Annual report of the Imperial Bacteriologist
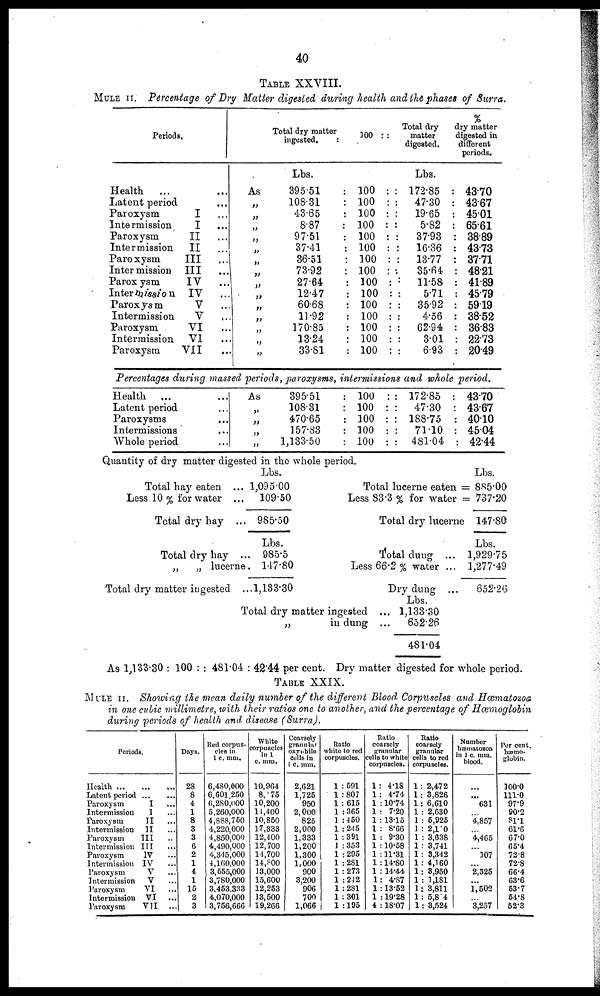
40
TABLE XXVIII.
MULE II. Percentage of Dry Matter digested during health and the phases of Surra.
Periods
Health
...
Latent period
Paroxysm
Intermission
Paroxysm
Intermission
Paroxysm
Inter mission
Paroxysm
Intermission
Paroxysm
Intermission
Paroxysm
Intermission
Paroxysm
...
..,
I
...
I
...
II
...
II
...
III
...
III
...
IV
...
IV
....
V
..
V
..
VI
..
VI
..
VII
..
As
„
„
„
„
„
„
„
„
„
„
„
„
„
„
Total dry matter
ingested.
:
Lbs.
395.51
:
108.31
:
43.65
:
8.87
97.51
:
37.41
36.51
73.92
27.64
12.47
60.68
11.92
170.85
13.24
33.81
100 : :
100 :
100 :
100 :
100 :
100 :
100 :
100 :
100 :
: 100 :
: 100 :
: 100 :
: 100 :
: 100 :
: 100 :
: 100 :
Total dry
matter
digested.
Lbs.
: 172.85
:
47.30
: 19.65
:
5.82
:
37.93
: 16.36
: 13.77
..
35.64
:
11.58
:
5.71
:
35.92
: 4.56
:
62.94
:
3.01
:
6.93
%
dry matter
digested in
different
periods.
: 43.70
: 43.67
: 45.01
: 65.61
: 38.89
: 43.73
: 37.71
: 48.21
: 41.89
: 45.79
: 59.19
: 38.52
: 36.83
: 22.73
: 20.49
Percentages during massed periods, paroxysms, intermissions and whole period.
Health
Latent period
Paroxysms
Intermissions
Whole period
...
....
...
,„
...
As
„
„
395.51
108.31
470.65
157.83
1,133.50
100 :
100 :
100 :
100 :
100 :
: 172.85 : 43.70
:
47.30 : 43.67
: 188.75 : 40.10
:
71.10 : 45.04
: 481.04 : 42.44
Quantity of dry matter digested in the whole period.
Lbs.
Total hay eaten ... 1,095.00
Less 10 % for water ... 109.50
Total dry hay ... 985.50
Lbs.
Total dry hay ... 985.5
„
„ lucerne. 147.80
Total dry matter ingested ...1,133.30
Lbs.
Lbs.
Total lucerne eaten = 885.00
Less 83.3 % for water = 737.20
Total dry lucerne 147.80
Lbs.
Total dung ... 1,929.75
Less 66.2% water ... 1,277.49
Dry dung ...
652.26
Total dry matter ingested ... 1,133.30
„
in dung ...
652.26
481.04
As 1,133.30 : 100 : : 481.04 : 42.44 per cent. Dry matter digested for whole period
TABLE XXIX.
MULE II. Showing the mean daily number of the different Blood. Corpuscles and Hæmatozoa
in one cubic millimetre, with their ratios one to another, and the percentage of Haemoglobin
during periods of health and disease (Surra).
Periods.
Health
Latent period
Paroxysm
I...
Intermission I...
Paroxysm
II...
Intermission II...
Paroxysm III...
Intermission III...
Paroxysm IV...
Intermission IV...
Paroxysm
V...
Intermission V...
Paroxysm
VI ... ...
Intermission VI ...
Paroxysm VII...
Days.
28
8
4
1
8
3
3
6
2
1
4
1
15
2
3
Red corpus-
cles in
1 c. mm.
6,480,000
6,601,250
6, 280,000
5,260,000
4,888,750
4,220,000
4,850,000
4,490,000
4,345,000
4,160,000
3,555,000
3,780,000
3,453,333
4,070,000
3,756,666
White
corpuscles
in l
c. mm.
10,964
8,- 75
10,200
11,400
10,850
17,333
12,400
12,700
14,700
14.800
13,000
15,600
12,253
13,500
19,266
Coarsely
granular
oxyphile
cells in
1 c. mm.
2,621
1,725
950
2,000
825
2,000
1,333
1,200
1,300
1,000
900
3,200
906
700
1,066
Ratio
white to red
corpuscles.
1 : 591
1 : 807
1 : 615
1 : 365
1 : 450
1 : 245
1 : 391
1 : 353
1 : 295
1 : 281
1 : 273
1 : 242
1 : 281
1 : 301
1 : 195
Ratio
coarsely
granular
cells to white
corpuscles.
1: 4.18
1: 4.74
1 :10.74
1 :7.20
1 :13.15
1 : 8.66
1 : 9.30
1 :10.58
1 :11.31
1:14.80
1 :14.44
1: 4.87
1 :13.52
1 :19.28
4 :18.07
Ratio
coarsely
granular
cells to red
corpuscles.
1: 2,472
1: 3,826
1: 6,610
1 : 2,630
1 : 5,925
1 : 2,110
1 : 3,638
1 : 3,741
1 : 3,342
1: 4,160
1: 3,950
1 : 1,181
1: 3,811
1: 5,8 4
1: 3,524
Number
hæmatozoa
in 1 c. mm.
blood.
...
...
631
...
4,857
...
4,465
...
107
...
2,325
...
1,502
...
3,257
Per cent.
hæmo-
globin.
100.0
111.0
97.9
90.2
81.1
61.6
67.0
65.4
72.8
72.8
66.4
63.6
53.7
54.8
52.3